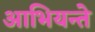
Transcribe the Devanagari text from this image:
आभियन्ते